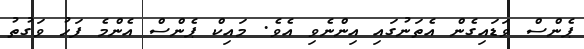
ޕެންސް ވަޑައިގެން އެތަނުގައި އިންނެވި އެވެ. މައިކް ޕެންސް އެންމެ ފަހު ވަގުތު